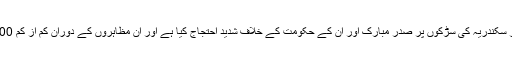
گذشتہ تقریباً ایک ہفتے کے دوران ہزاروں کی تعداد میں شہریوں نے قاہرہ اور سکندریہ کی سڑکوں پر صدر مبارک اور ان کے حکومت کے خلاف شدید احتجاج کیا ہے اور ان مظاہروں کے دوران کم از کم 100 افراد کے ہلاک اور لگ بھگ ایک ہزار کے زخمی ہونے کی اطلاعات ہیں۔